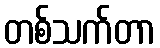
တစ်သက်တာ